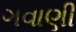
ગવાણી